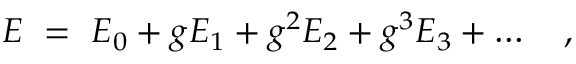
E ~ = ~ E _ { 0 } + g E _ { 1 } + g ^ { 2 } E _ { 2 } + g ^ { 3 } E _ { 3 } + \ldots \quad ,